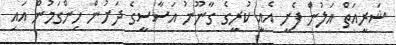
ޝަރީއަތް އަލުން ފެށީ އެއީ ކުރީގެ ގާނޫނު އަސާސީގެ ދަށުން ހިންގަމުން އައި